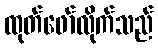
ထုတ်ဖော်လိုက်သည်